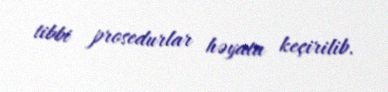
tibbi prosedurlar həyata keçirilib.